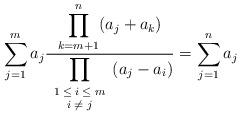
LaTeX: \begin{align*}\sum_{j=1}^m a_j \frac{\displaystyle\prod_{k=m+1}^n(a_j+a_k)}{\displaystyle\prod_{\scriptsize\begin{array}{c}1\leq i\leq m\\ i\neq j\end{array}} (a_j-a_{i})} =\sum_{j=1}^n a_j \end{align*}